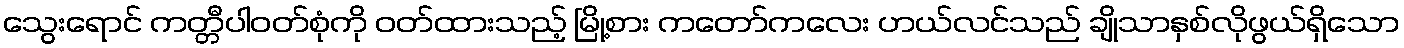
သွေးရောင် ကတ္တီပါဝတ်စုံကို ဝတ်ထားသည့် မြို့စား ကတော်ကလေး ဟယ်လင်သည် ချိုသာနှစ်လိုဖွယ်ရှိသော